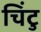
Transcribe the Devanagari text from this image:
चिंटु